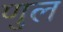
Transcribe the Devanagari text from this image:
णुल